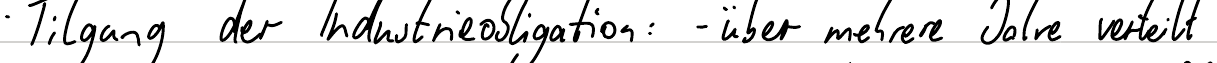
Tilgung der Industrieobligation: - über mehrere Jahre verteilt